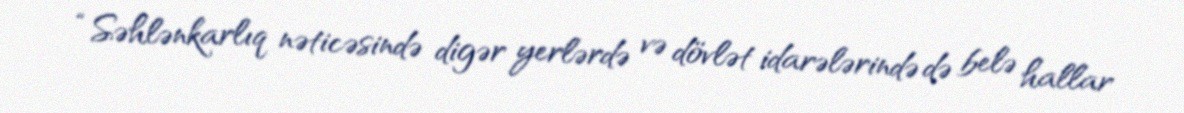
“Səhlənkarlıq nəticəsində digər yerlərdə və dövlət idarələrində də belə hallar